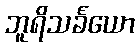
ဘူရိသင်္ခယော